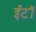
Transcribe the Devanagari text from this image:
ईटॉ